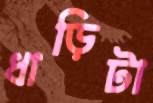
ধাড়িটা